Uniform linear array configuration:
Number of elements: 8
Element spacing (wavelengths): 0.25
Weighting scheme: blackman
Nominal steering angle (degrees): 30
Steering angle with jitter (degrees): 28.745
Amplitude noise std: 0.05
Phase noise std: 0.05

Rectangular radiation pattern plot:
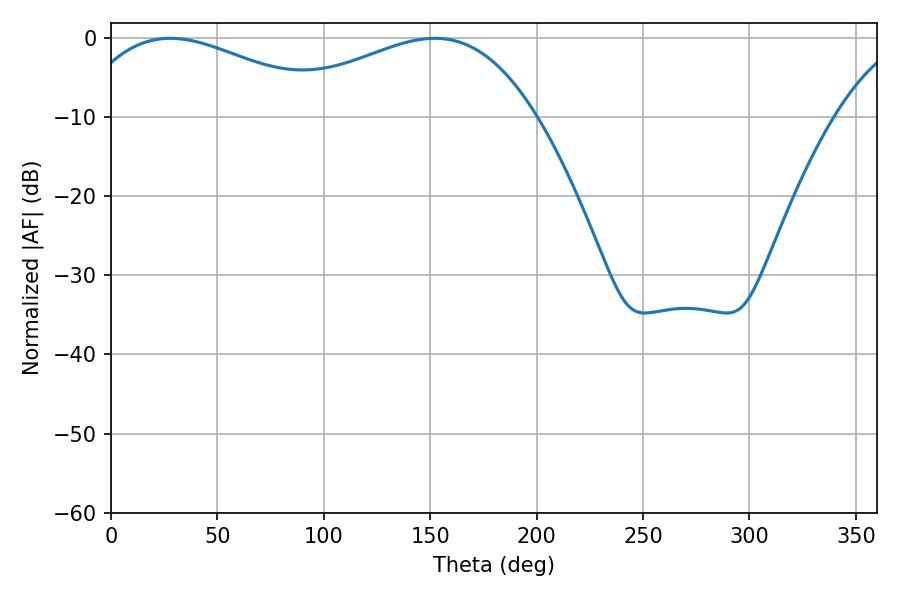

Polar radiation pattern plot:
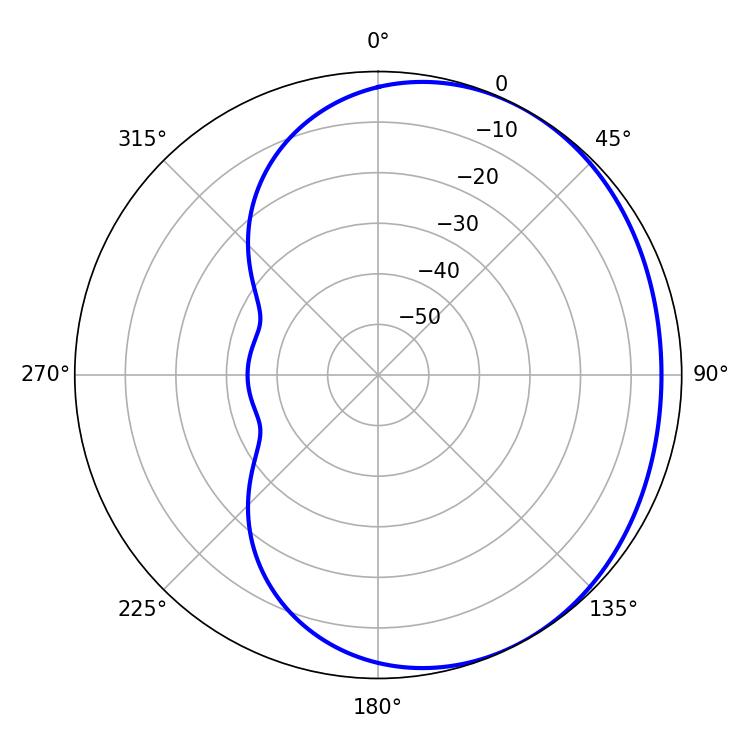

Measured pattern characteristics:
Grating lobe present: FALSE
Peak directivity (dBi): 2.02
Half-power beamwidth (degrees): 68.04
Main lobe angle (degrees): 27.9